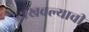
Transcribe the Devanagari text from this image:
दाखवल्याची